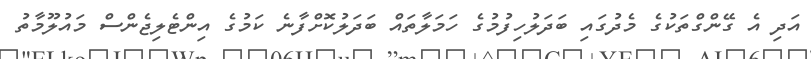
އަދި އެ ގޭންގްތަކުގެ މެދުގައި ބަދަލުހިފުމުގެ ހަމަލާތައް ބަދަލުކޮށްފާނެ ކަމުގެ އިންޓެލިޖެންސް މައުލޫމާތު